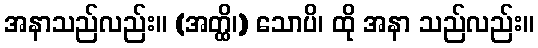
အနာသည်လည်း။ (အတ္ထိ၊) သောပိ၊ ထို အနာ သည်လည်း။